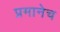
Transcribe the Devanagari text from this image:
प्रमानेच